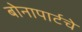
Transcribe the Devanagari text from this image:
बोनापार्टचे